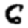
Digit: 6